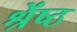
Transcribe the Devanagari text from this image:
श्रेंष्ठ